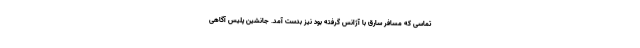
تماسی که مسافر سارق با آژانس گرفته بود نیز بدست آمد. جانشین پلیس آگاهی